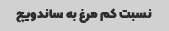
نسبت کم مرغ به ساندویچ